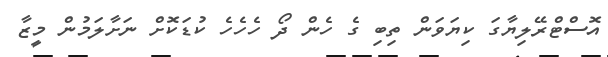
އޮސްޓްރޭލިޔާގަ ކިޔަވަން ތިބި ގެ ހެން ދޯ ހެހެހެ ކުޑަކޮށް ނަށާލަމުން މީޒާ